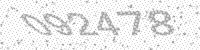
Solution: 092478